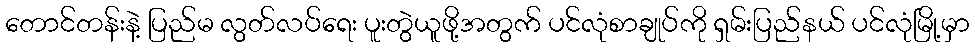
တောင်တန်းနဲ့ ပြည်မ လွတ်လပ်ရေး ပူးတွဲယူဖို့အတွက် ပင်လုံစာချုပ်ကို ရှမ်းပြည်နယ် ပင်လုံမြို့မှာ